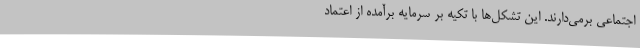
اجتماعی برمی‌دارند. این تشکل‌ها با تکیه بر سرمایه برآمده از اعتماد